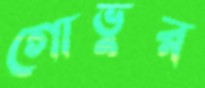
গোভুর